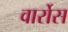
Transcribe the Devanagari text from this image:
वार्रोस